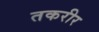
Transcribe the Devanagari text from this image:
तकरीर